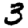
Digit: 3